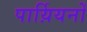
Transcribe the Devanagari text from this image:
पार्य़ियनों